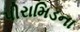
પીરામિડના